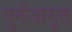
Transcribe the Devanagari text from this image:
पुर्नजागृत